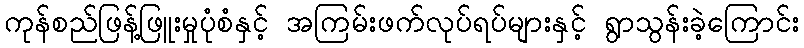
ကုန်စည်ဖြန့်ဖြူးမှုပုံစံနှင့် အကြမ်းဖက်လုပ်ရပ်များနှင့် ရွာသွန်းခဲ့ကြောင်း